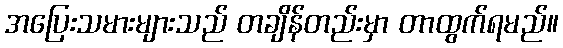
အပြေးသမားများသည် တချိန်တည်းမှာ တာထွက်ရမည်။